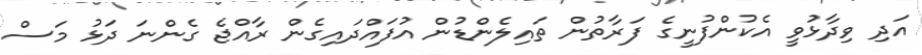
އަދި ވިދާޅުވީ އެކުންފުނީގެ ފަރާތުން ތައިލެންޑުން އުފައްދައިގެން ރާއްޖެ ގެންނަ ދަޅު މަސް